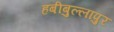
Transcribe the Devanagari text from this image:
हबीबुल्लापुर